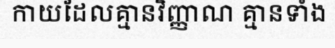
កាយដែលគ្មានវិញ្ញាណ គ្មានទាំង